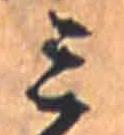
ミ